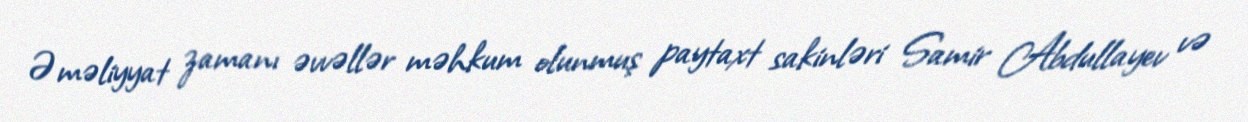
Əməliyyat zamanı əvvəllər məhkum olunmuş paytaxt sakinləri Samir Abdullayev və